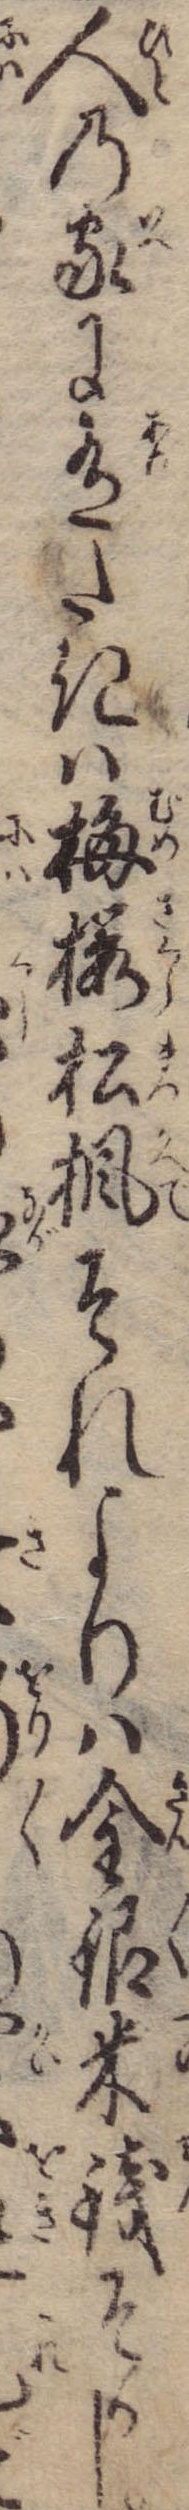
人の家に有たきは梅桜松楓それよりは金銀米銭そかし